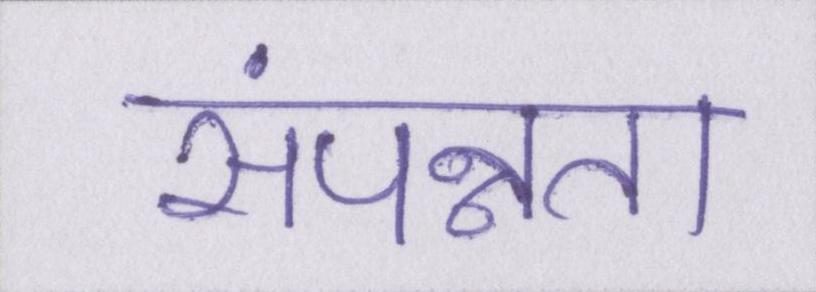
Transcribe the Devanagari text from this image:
संपन्नता